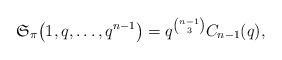
LaTeX: \begin{align*}\mathfrak{S}_{\pi}\big(1,q, \ldots,q^{n-1}\big)=q^{n-1 \choose 3} C_{n-1}(q),\end{align*}